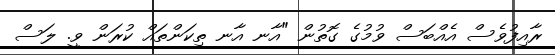
ރާއިފުވެސް އެއްބަސް ވުމުގެ ގޮތުން "އާނ އާނ ތިކަންތައް ކުރަން ވީ. ލަސް